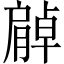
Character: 𦠰